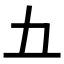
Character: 𫝀